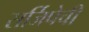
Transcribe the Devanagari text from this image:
सर्जिपेची